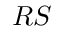
R S